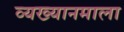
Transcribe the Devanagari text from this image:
व्यख्यानमाला